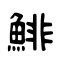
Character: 鯡